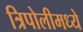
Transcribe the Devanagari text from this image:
त्रिपोलीमध्ये